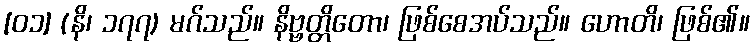
[၀၁] (နိ၊ ၁၇၇) မဂ်သည်။ နိဗ္ဗတ္တိတော၊ ဖြစ်စေအပ်သည်။ ဟောတိ၊ ဖြစ်၏။